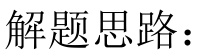
解题思路：